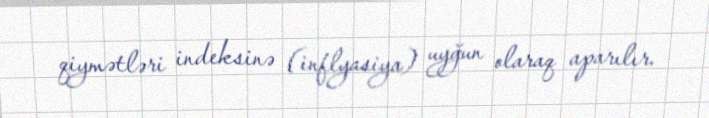
qiymətləri indeksinə (inflyasiya) uyğun olaraq aparılır.